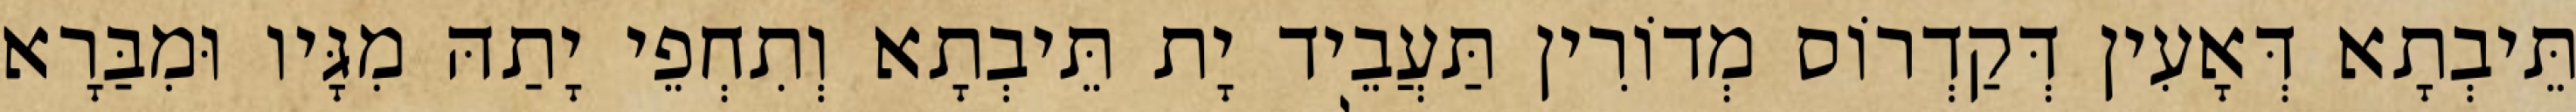
תֵּיבְתָא דְּאָעִין דְּקַדְרוֹס מְדוֹרִין תַּעֲבֵיד יָת תֵּיבְתָא וְתִחְפֵי יָתַהּ מִגָּיו וּמִבַּרָא